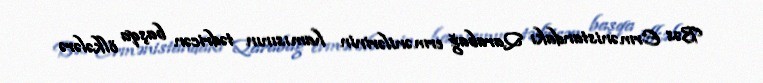
Bəs Ermənistandakı Qarabağ ermənilərinin hamısının tədricən başqa ölkələrə